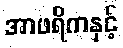
အာဖရိကနှင့်